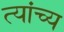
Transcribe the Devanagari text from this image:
त्यांच्य